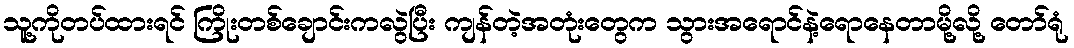
သူ့ကိုတပ်ထားရင် ကြိုးတစ်ချောင်းကလွဲပြီး ကျန်တဲ့အတုံးတွေက သွားအရောင်နဲ့ရောနေတာမို့လို့ တော်ရုံ